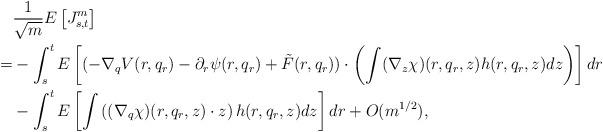
LaTeX: \begin{align*}&\frac{1}{\sqrt{m}}E\left[J_{s,t}^m\right]\\=&-\int_s^t E\left[(-\nabla_q V(r,q_r)-\partial_r\psi(r,q_r)+\tilde F(r,q_r))\cdot \left(\int (\nabla_z\chi)(r,q_r,z) h(r,q_r,z)dz\right)\right]dr\\&-\int_s^tE\left[ \int \left((\nabla_q\chi)(r,q_r,z )\cdot z\right) h(r,q_r,z)dz \right]dr+O(m^{1/2}),\end{align*}